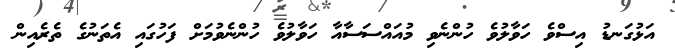
އަޅުގަނޑު އިސްވެ ހަވާލުވެ ހުންނެވި މުއައްސަސާއާ ހަވާލުވެ ހުންނެވުމަށް ފަހުގައި އެތަނުގެ ތެރެއިން